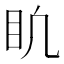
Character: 𥃶